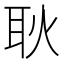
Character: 耿